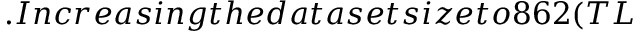
. I n c r e a s i n g t h e d a t a s e t s i z e t o 8 6 2 ( T L